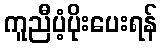
ကူညီပံ့ပိုးပေးရန်